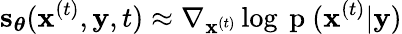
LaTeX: \mathbf{s}_{\boldsymbol{\theta}}(\mathbf{x}^{(t)},\mathbf{y},t)\approx\nabla_{\mathbf{x}^{(t)}}\log{\mathrm{~p~}(\mathbf{x}^{(t)}|\mathbf{y}})